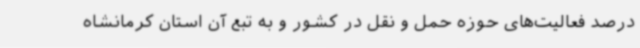
درصد فعالیت‌های حوزه حمل و نقل در کشور و به تبع آن استان کرمانشاه